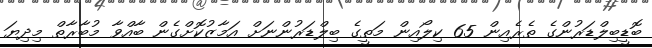
ބޮޑީބިލްޑަރުންގެ ތެރެއިން 65 ކިލޯއިން މަތީގެ ބިލްޑަރުންނަށް އަމާޒުކޮށްގެން ބާއްވާ މުބާރާތް މިދިޔަ